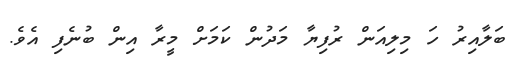
ބަލާއިރު ހަ މިލިއަން ރުފިޔާ މަދުން ކަމަށް މީރާ އިން ބުނެފި އެވެ.